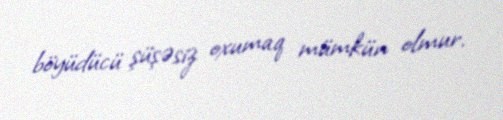
böyüdücü şüşəsiz oxumaq mümkün olmur.